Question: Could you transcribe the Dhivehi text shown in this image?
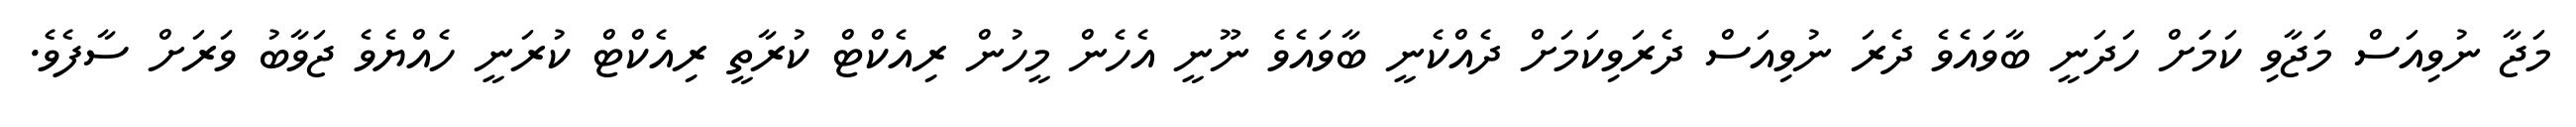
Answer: މަޖާ ނުވިއަސް މަޖާވި ކަމަަށް ހަދަނީ ބާވައެވެ ދެރަ ނުވިއަސް ދެރަވިކަމަށް ދެއްކެނީ ބާވައެވެ ނޫނީ އެހެން މީހުން ރިއެކްޓް ކުރާތީ ރިއެކްޓް ކުރަނީ ހެއްޔެވެ ޖަވާބު ވަރަށް ސާފެވެ.